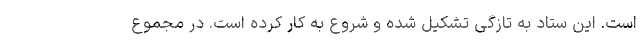
است. این ستاد به‌ تازگی تشکیل شده و شروع به کار کرده است. در مجموع